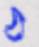
ঠ